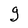
Character: g